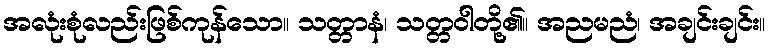
အလုံးစုံလည်းဖြစ်ကုန်သော။ သတ္တာနံ၊ သတ္တဝါတို့၏။ အညမညံ၊ အချင်းချင်း။